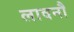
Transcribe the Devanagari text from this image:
लावनौ